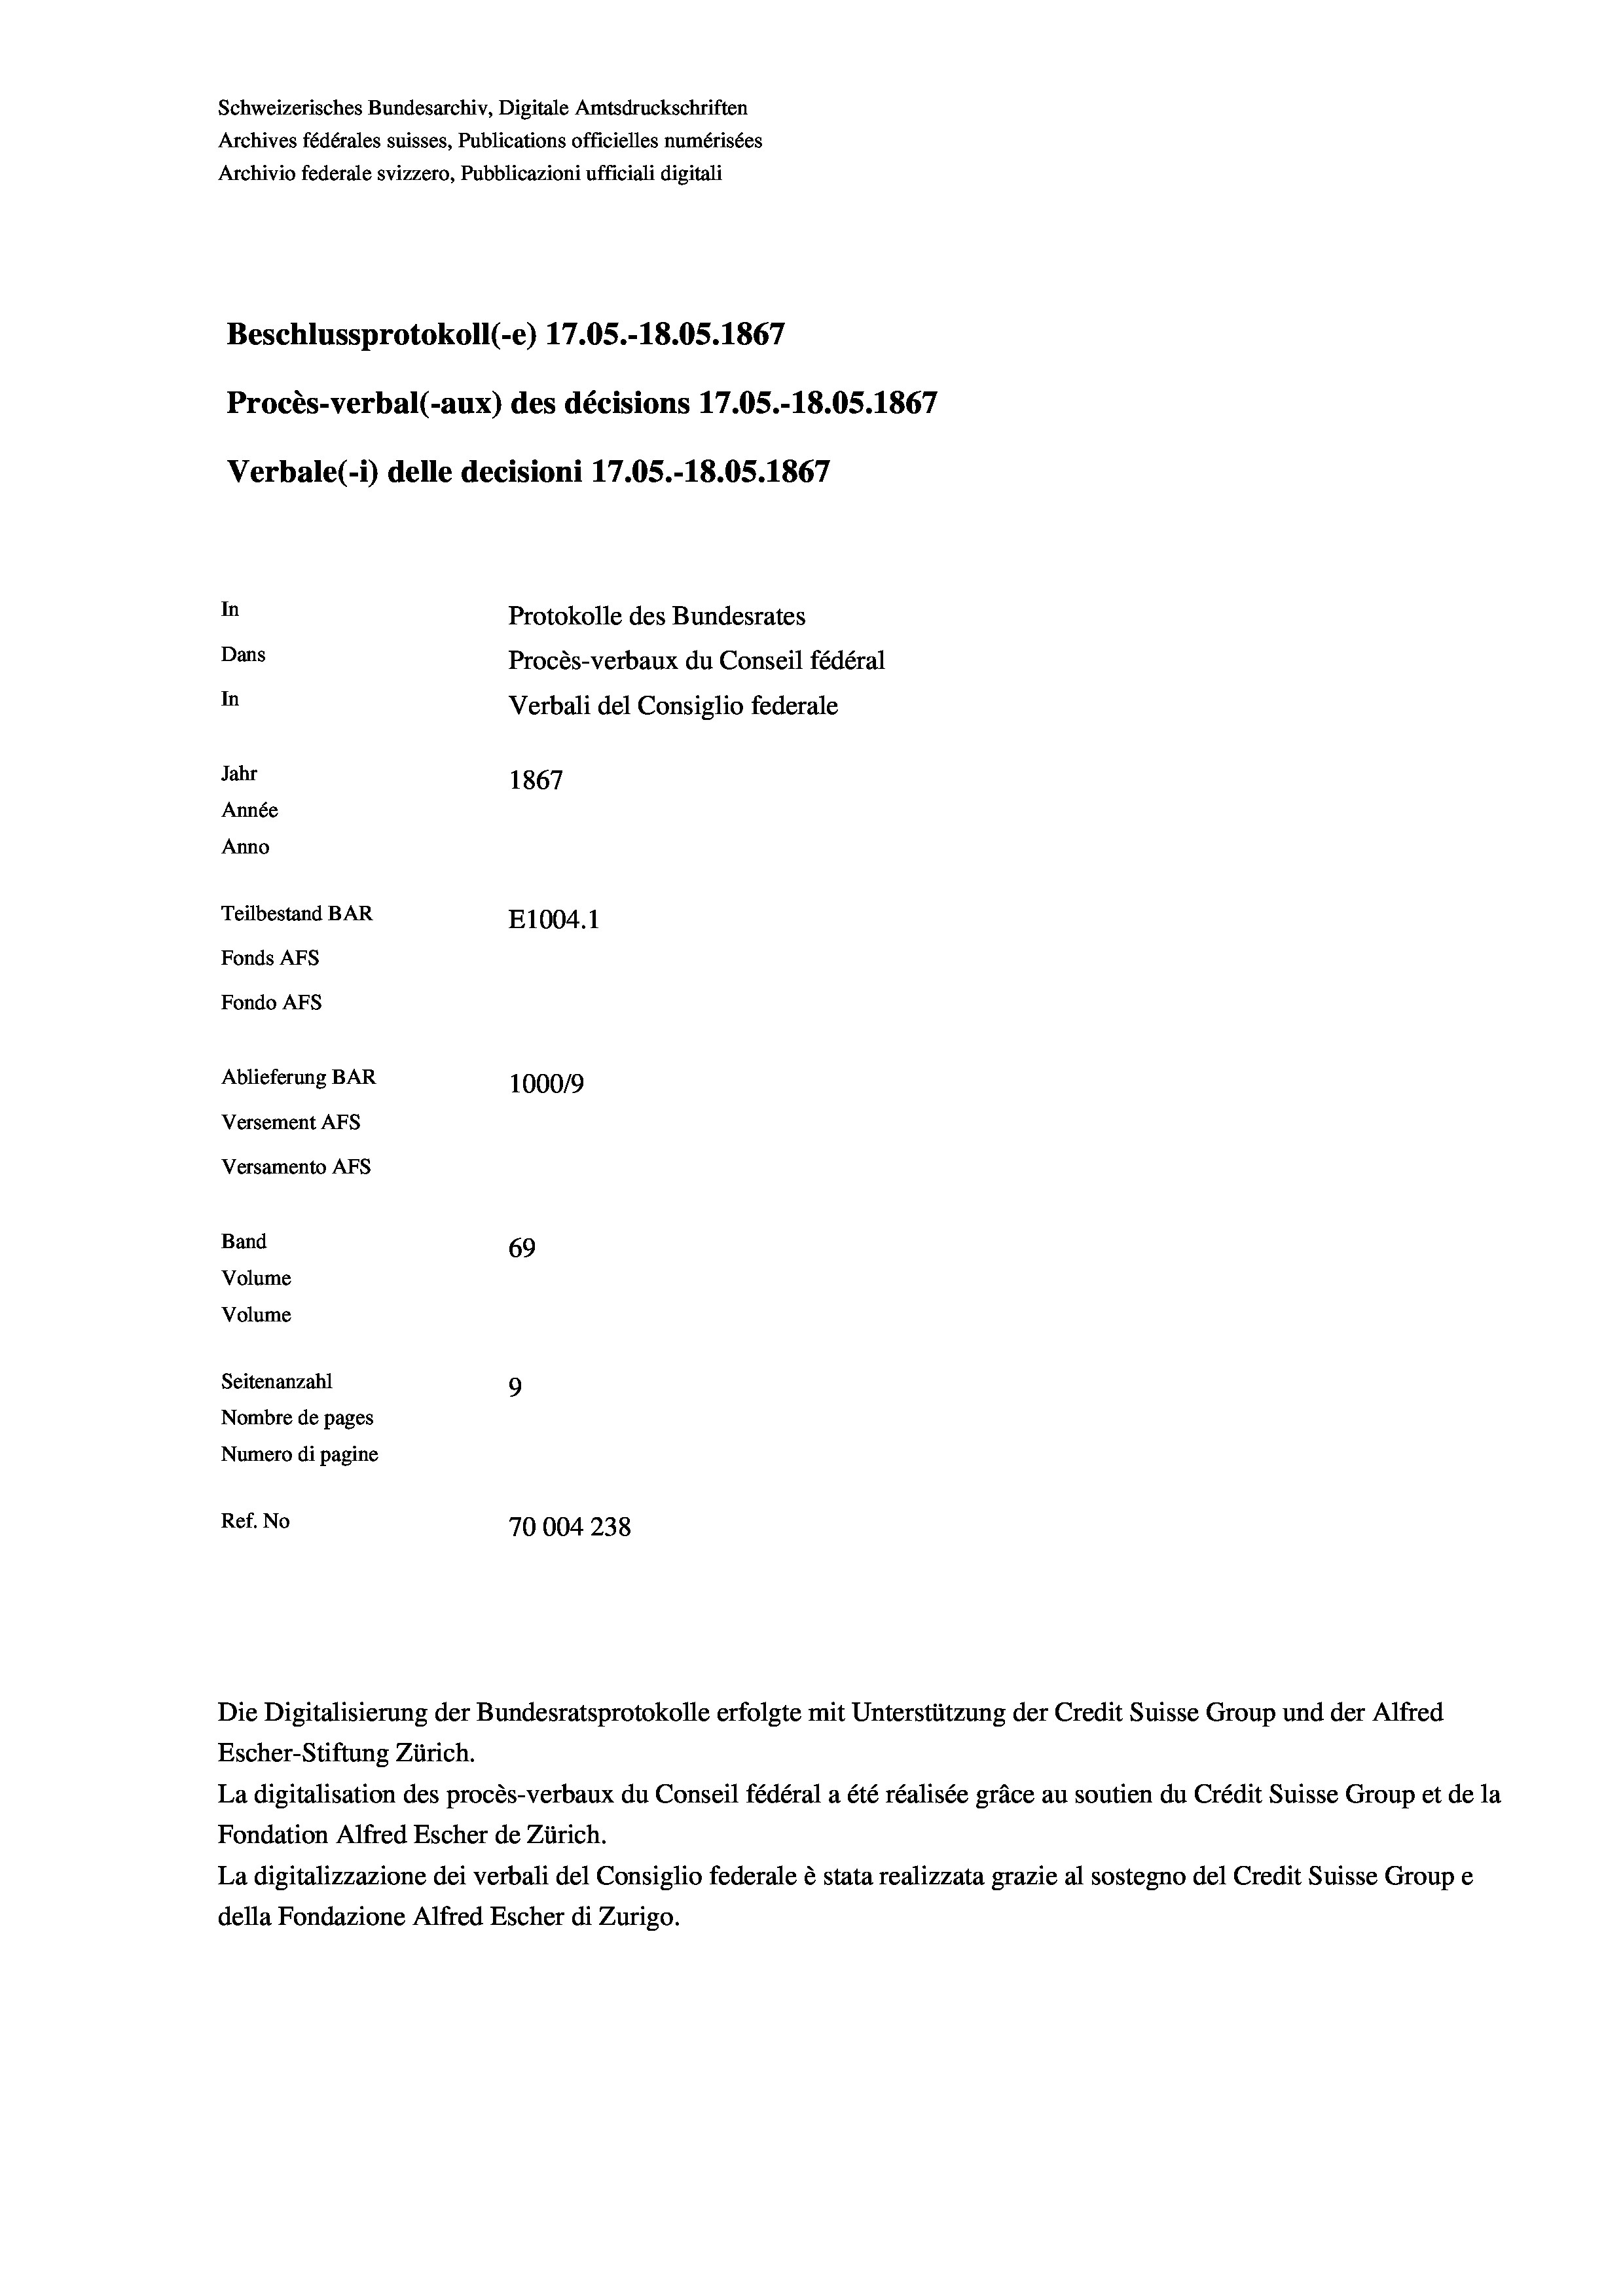
Schweizerisches Bundesarchiv, Digitale Amtsdruckschriften
Archives fédérales suisses, Publications officielles numérisées
Archivio federale svizzero, Pubblicazioni ufficiali digitali
Beschlussprotokoll (-e) 17.05.-18.05. 1867
Procès-verbal (-aux) des décisions 17.05.-18.05. 1867
Verbale(*) delle decisioni 17.05.-18.05. 1867
In
Protokolle des Bundesrates
Dans
Procès-verbaux du Conseil fédéral
In
Verbali del Consiglio federale
Jahr
1867
Année
Anno
Teilbestand BAR
E1004.1
Fonds AFs
Fondo Afs
Ablieferung BAR
100019
Versement As
Versamento AFs

69
Seitenanzahl
9
Nombre de pages
Numero di pagine
Ref. No
70004 238

Band
Volume

Volume

Escher-Stiftung Zürich.
La digitalisation des procès-verbaux du Conseil fédéral a été réalisée gräce au soutien du Crédit Suisse Group et de la
Fondation Alfred Escher de Zürich.
La digitalizzazione dei verbali del Consiglio federale è stata realizzata grazie al sostegno del Credit Suisse Groupe
della Fondazione Alfred Escher di Zurigo.

Die Digitalisierung der Bundesratsprotokolle erfolgte mit Unterstützung der Credit Suisse Group und der Alfred